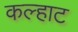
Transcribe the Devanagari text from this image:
कल्हाट